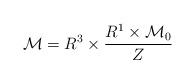
LaTeX: \begin{align*}{\cal M} = R^3 \times {R^1 \times {\cal M}_0 \over Z}\end{align*}